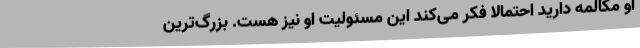
او مکالمه دارید احتمالاً فکر می‌کند این مسئولیت او نیز هست. بزرگ‌ترین